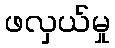
ဖလှယ်မှု